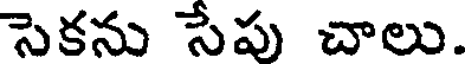
సెకను సేపు చాలు.